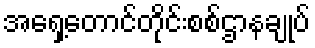
အရှေ့တောင်တိုင်းစစ်ဌာနချုပ်